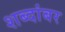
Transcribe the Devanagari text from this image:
शब्दांबर